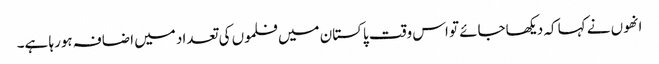
انھوں نے کہا کہ دیکھاجائے تو اس وقت پاکستان میں فلموں کی تعداد میں اضافہ ہورہا ہے۔